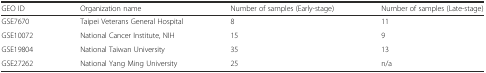
| GEO ID | Organization name | Number of samples (Early-stage) | Number of samples (Late-stage) |
 | --- | --- | --- | --- |
 | GSE7670 | Taipei Veterans General Hospital | 8 | 11 |
 | GSE10072 | National Cancer Institute, NIH | 15 | 9 |
 | GSE19804 | National Taiwan University | 35 | 13 |
 | GSE27262 | National Yang Ming University | 25 | n/a |